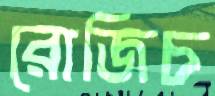
রোজিচ